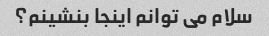
سلام می توانم اینجا بنشینم؟